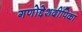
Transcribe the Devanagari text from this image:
गणोद्देशदीपिका